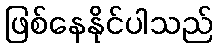
ဖြစ်နေနိုင်ပါသည်